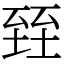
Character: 臸